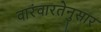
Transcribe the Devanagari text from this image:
वारंवारतेनुसार